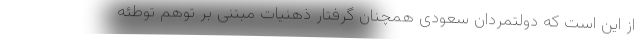
از این است که دولتمردان سعودی همچنان گرفتار ذهنیات مبتنی بر توهم توطئه